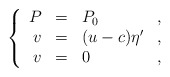
\begin{align*}\left\{\begin{array}{rllll} P&=&{P}_0&,\\ v&=&( u-c) \eta'&,\\ v&=&0 &,\end{array}\right.\end{align*}